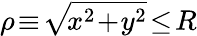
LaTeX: \rho\! \equiv\! \sqrt{\! x^{2}\! +\! y^{2}}\! \le\! R